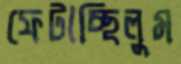
ফেটাচ্ছিলুম